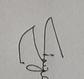
Signature authenticity: genuine